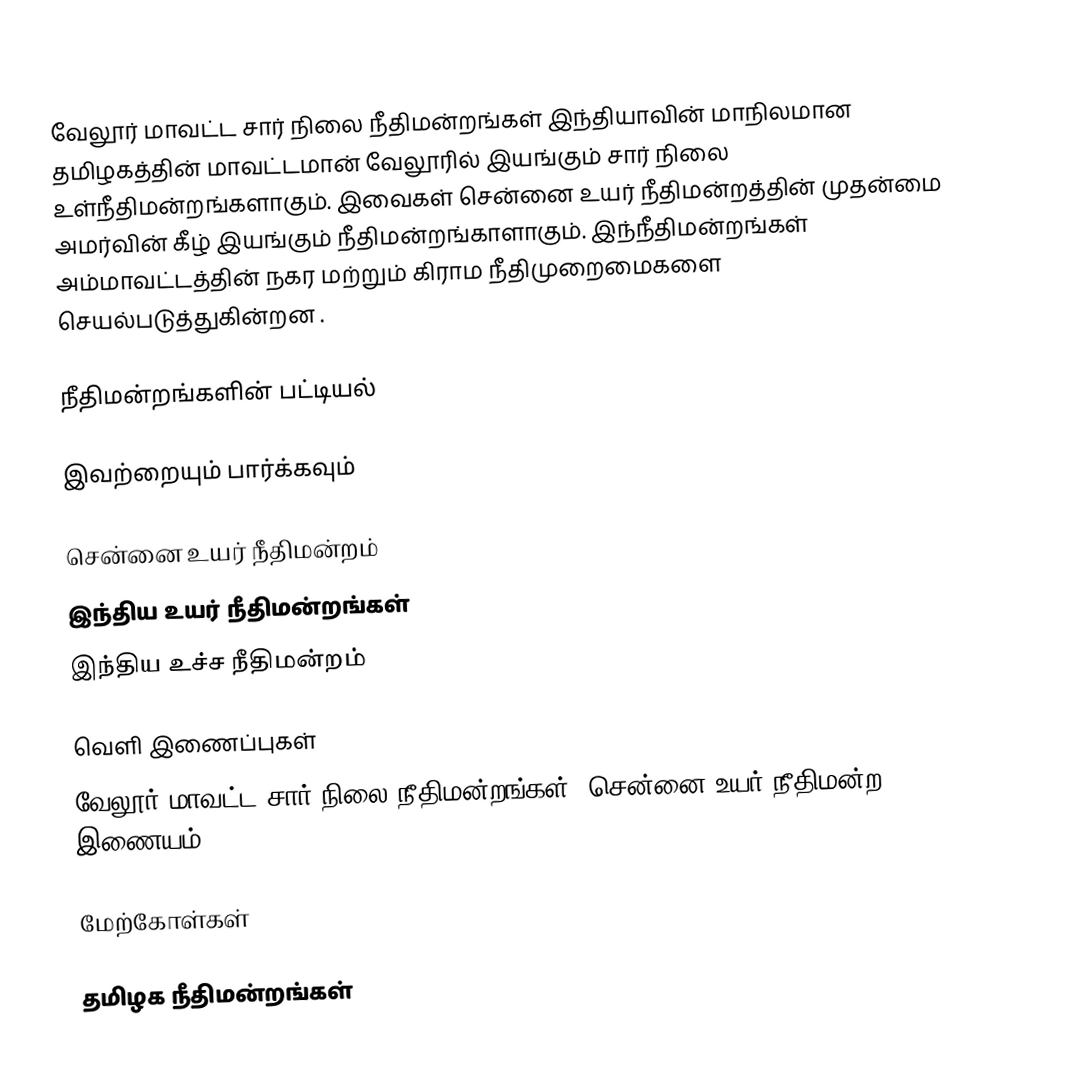
வேலூர் மாவட்ட சார் நிலை நீதிமன்றங்கள் இந்தியாவின் மாநிலமான தமிழகத்தின் மாவட்டமான் வேலூரில் இயங்கும் சார் நிலை உள்நீதிமன்றங்களாகும். இவைகள் சென்னை உயர் நீதிமன்றத்தின் முதன்மை அமர்வின் கீழ் இயங்கும் நீதிமன்றங்காளாகும். இந்நீதிமன்றங்கள் அம்மாவட்டத்தின் நகர மற்றும் கிராம நீதிமுறைமைகளை செயல்படுத்துகின்றன .

நீதிமன்றங்களின் பட்டியல்

இவற்றையும் பார்க்கவும்

சென்னை உயர் நீதிமன்றம்
இந்திய உயர் நீதிமன்றங்கள்
இந்திய உச்ச நீதிமன்றம்

வெளி இணைப்புகள்
வேலூர் மாவட்ட சார் நிலை நீதிமன்றங்கள் -சென்னை உயர் நீதிமன்ற இணையம்

மேற்கோள்கள்

தமிழக நீதிமன்றங்கள்